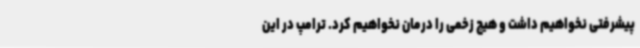
پیشرفتی نخواهیم داشت و هیچ زخمی را درمان نخواهیم کرد. ترامپ در این